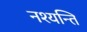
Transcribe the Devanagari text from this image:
नश्यन्ति